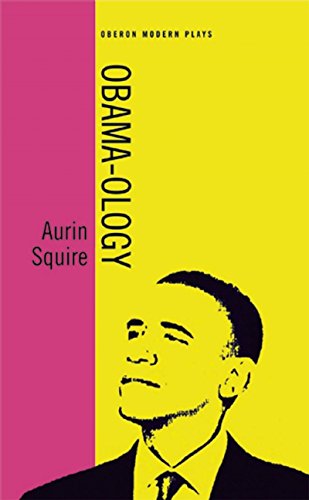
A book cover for Obama-ology; Aurin Squire; Literature & Fiction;